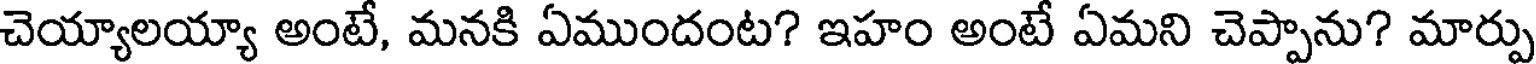
చెయ్యాలయ్యా అంటే, మనకి ఏముందంట? ఇహం అంటే ఏమని చెప్పాను? మార్పు